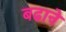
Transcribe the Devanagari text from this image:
बढाऩे